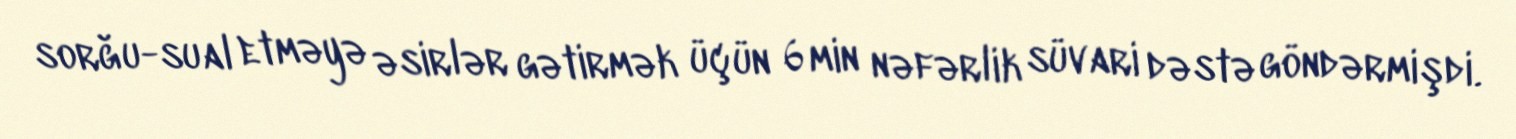
sorğu-sual etməyə əsirlər gətirmək üçün 6 min nəfərlik süvari dəstə göndərmişdi.